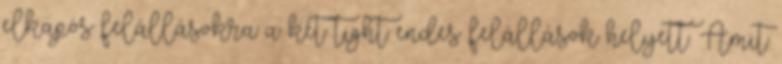
elkapós felállásokra a két tight endes felállások helyett. Amit